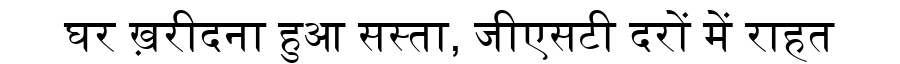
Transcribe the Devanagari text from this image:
घर ख़रीदना हुआ सस्ता, जीएसटी दरों में राहत